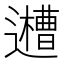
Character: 𨘨